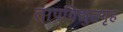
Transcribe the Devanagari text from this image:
तापविद्युतगृह